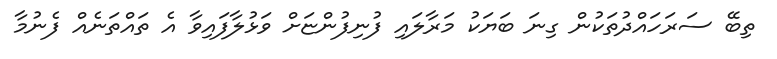
ތިބޭ ސަރަހައްދުތަކުން ގިނަ ބަޔަކު މަރާލައި ފުނިފުންޏަށް ވަޅުލާފައިވާ އެ ތައްތަނެއް ފެނުމާ